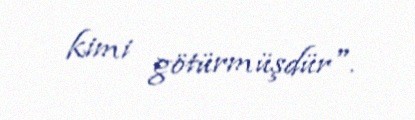
kimi götürmüşdür".